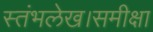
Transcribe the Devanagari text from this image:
स्तंभलेख।समीक्षा